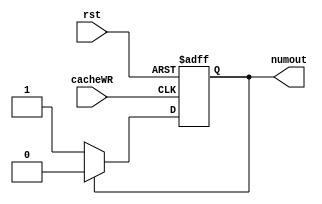

`timescale 100ps/1ps
module cacheDecide (numout ,cacheWR, rst);

    output         numout;
    input          cacheWR;
    input          rst;

    reg            numout;


    always @(posedge cacheWR or posedge rst) begin
      if(rst) begin
			numout <= 1'd0;
			end
		else begin
				if(numout==0)
					numout = 1;
				else
					numout = 0;
			end
		
    end
		

endmodule